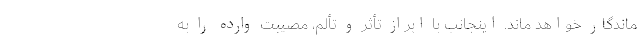
ماندگار خواهد ماند. اینجانب با ابراز تأثر و تألم، مصیبت وارده را به